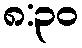
၈:၃၀